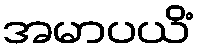
အမာပယိံ